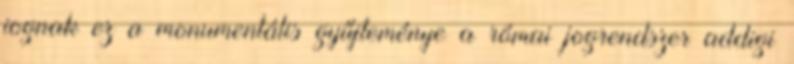
jognak ez a monumentális gyűjteménye a római jogrendszer addigi